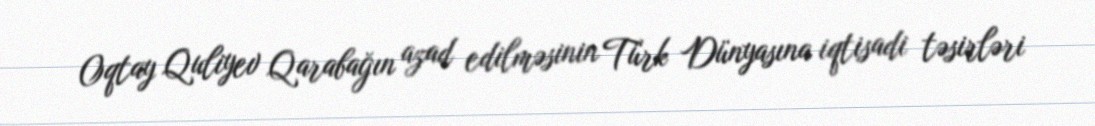
Oqtay Quliyev Qarabağın azad edilməsinin Türk Dünyasına iqtisadi təsirləri